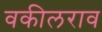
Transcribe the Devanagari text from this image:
वकीलराव